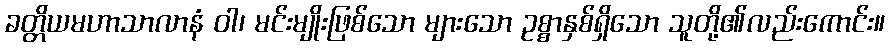
ခတ္တိယမဟာသာလာနံ ဝါ၊ မင်းမျိုးဖြစ်သော များသော ဥစ္စာနှစ်ရှိသော သူတို့၏လည်းကောင်း။